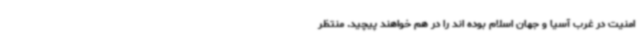
امنیت در غرب آسیا و جهان اسلام بوده اند را در هم خواهند پیچید. منتظر